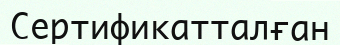
Сертификатталған